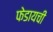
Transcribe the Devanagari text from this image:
फेडायची